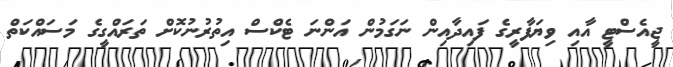
ޖީއެސްޓީ އާއި ވިޔަފާރީގެ ފައިދާއިން ނަގަމުން އަންނަ ޓެކްސް އިތުރުނުކޮށް ތަރައްގީގެ މަސައްކަތް